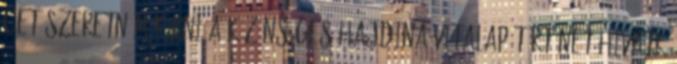
CET Szeretném kérni a Közönséges hajdina vitalap történet hivatk